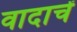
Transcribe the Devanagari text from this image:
वादाचें